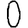
Digit: 0